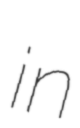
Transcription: in